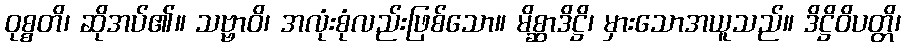
ဝုစ္စတိ၊ ဆိုအပ်၏။ သဗ္ဗာဝိ၊ အလုံးစုံလည်းဖြစ်သော။ မိစ္ဆာဒိဋ္ဌိ၊ မှားသောအယူသည်။ ဒိဋ္ဌိဝိပတ္တိ၊